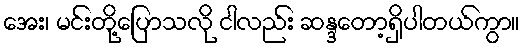
အေး၊ မင်းတို့ပြောသလို ငါလည်း ဆန္ဒတော့ရှိပါတယ်ကွာ။